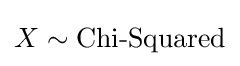
X\sim {\text{Chi-Squared}}